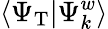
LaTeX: \langle\Psi_{\mathrm{T}}|\Psi_{k}^{w}\rangle